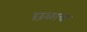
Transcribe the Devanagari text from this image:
छळाचा